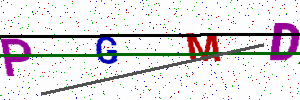
Text: PGMD